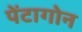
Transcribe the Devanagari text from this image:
पेंटागोन